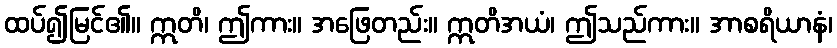
ထပ်၍မြင်၏။ ဣတိ၊ ဤကား။ အဖြေတည်း။ ဣတိအယံ၊ ဤသည်ကား။ အာစရိယာနံ၊